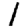
Digit: 1